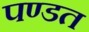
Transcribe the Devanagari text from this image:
पण्डत